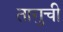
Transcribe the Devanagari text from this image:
तागुची